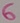
Text: 6